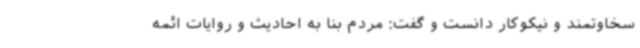
سخاوتمند و نیکوکار دانست و گفت: مردم بنا به احادیث و روایات ائمه